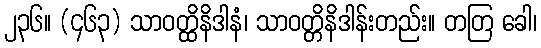
၂၃၆။ (၄၆၃) သာဝတ္ထိနိဒါနံ၊ သာဝတ္တိနိဒါန်းတည်း။ တတြ ခေါ၊